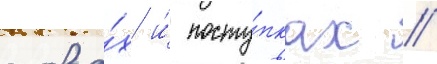
слова́х и́ посту́пках //